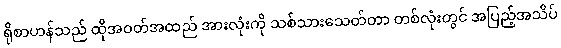
ရိုစာဟန်သည် ထိုအဝတ်အထည် အားလုံးကို သစ်သားသေတ်တာ တစ်လုံးတွင် အပြည့်အသိပ်